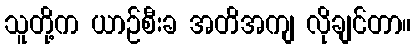
သူတို့က ယာဉ်စီးခ အတိအကျ လိုချင်တာ။